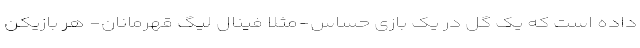
داده است که یک گل در یک بازی حساس-مثلاً فینال لیگ قهرمانان- هر بازیکن